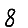
Digit: 8